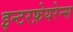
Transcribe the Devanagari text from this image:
इन्टरफ़ेयरेन्स